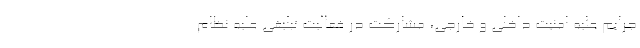
جرایم علیه امنیت داخلی و خارجی، مشارکت در فعالیت تبلیغی علیه نظام